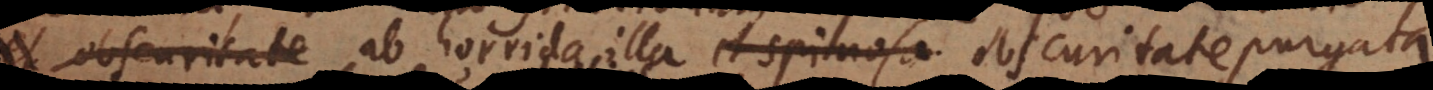
et obscuritate ab horrida illa et spinosa obscuritate purgata